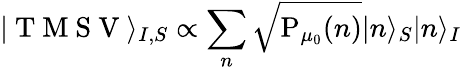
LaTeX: \vert\mathrm{~T~M~S~V~}\rangle_{I,S}\propto\sum_{n}\sqrt{\mathrm{P}_{\mu_{0}}(n)}\vert n\rangle_{S}\vert n\rangle_{I}